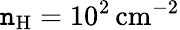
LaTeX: \mathtt{n}_{\mathrm{{H}}}=10^{2}\, \mathrm{{cm}}^{-2}